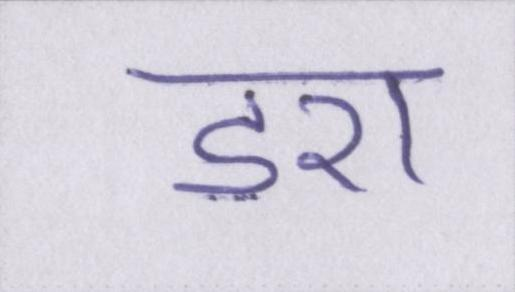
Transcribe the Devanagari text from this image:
डरा